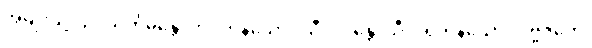
အမျိုးသို့။ ဥပသင်္ကမန္တေ၊ ကပ်ကုန်သော။ သီလဝန္တေ၊ သီလရှိကုန်သော။ ပဗ္ဗဇိတေ၊